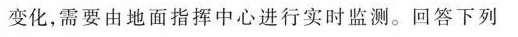
变化，需要由地面指挥中心进行实时监测。回答下列